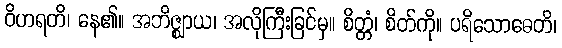
ဝိဟရတိ၊ နေ၏။ အဘိဇ္ဈာယ၊ အလိုကြီးခြင်မှ။ စိတ္တံ၊ စိတ်ကို။ ပရိသောဓေတိ၊